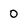
Character: 0